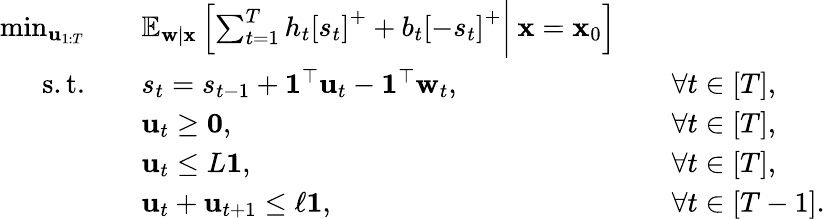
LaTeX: \begin{array}{rlrl}{\operatorname*{min}_{{\mathbf u}_{1:T}}\quad}&{\mathbb{E}_{{\mathbf w}|{\mathbf x}}\left[\sum_{t=1}^{T}h_{t}\left[s_{t}\right]^{+}+b_{t}\left[-s_{t}\right]^{+}\bigg\vert\: {\mathbf x}={\mathbf x}_{0}\right]}\\ {\mathrm{s.t.}\quad}&{s_{t}=s_{t-1}+\boldsymbol{1}^{\top}{\mathbf u}_{t}-\boldsymbol{1}^{\top}{\mathbf w}_{t},}&&{\forall t\in[T],}\\ &{{\mathbf u}_{t}\geq\boldsymbol{0},}&&{\forall t\in[T],}\\ &{{\mathbf u}_{t}\leq L\boldsymbol{1},}&&{\forall t\in[T],}\\ &{{\mathbf u}_{t}+{\mathbf u}_{t+1}\leq\ell\boldsymbol{1},}&&{\forall t\in[T-1].}\end{array}